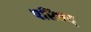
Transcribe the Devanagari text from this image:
परिषद्‍